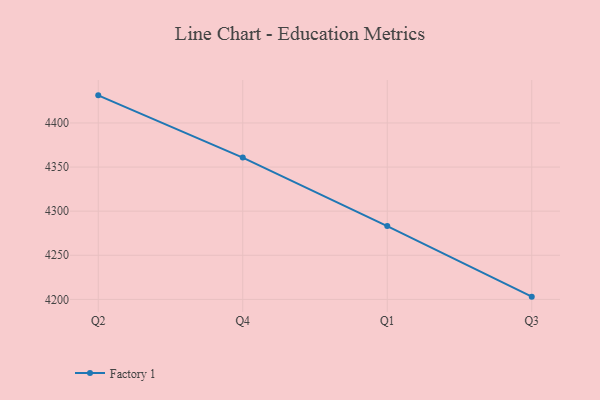
{"axis": {"x": "Quarter", "y": "Website Visitors"}, "legend": ["Factory 1"], "data": [{"x": "Q2", "y": 4431.3, "type": "Factory 1"}, {"x": "Q4", "y": 4360.8, "type": "Factory 1"}, {"x": "Q1", "y": 4283.1, "type": "Factory 1"}, {"x": "Q3", "y": 4203.1, "type": "Factory 1"}]}